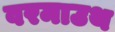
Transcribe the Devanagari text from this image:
वरमाउथ